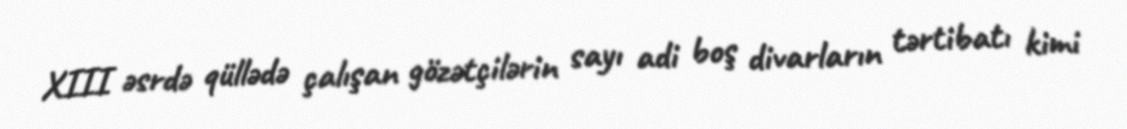
XIII əsrdə qüllədə çalışan gözətçilərin sayı adi boş divarların tərtibatı kimi